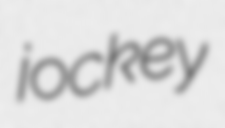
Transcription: jockey